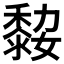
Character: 𪏼